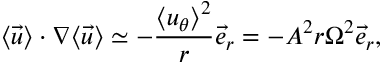
\langle \vec { u } \rangle \cdot \nabla \langle \vec { u } \rangle \simeq - \frac { \langle u _ { \theta } \rangle ^ { 2 } } { r } \vec { e } _ { r } = - A ^ { 2 } r \Omega ^ { 2 } \vec { e } _ { r } ,